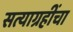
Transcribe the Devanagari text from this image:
सत्याग्रहींचा